Indian journal of veterinary science and animal husbandry - Volume 7,
Year: 1937
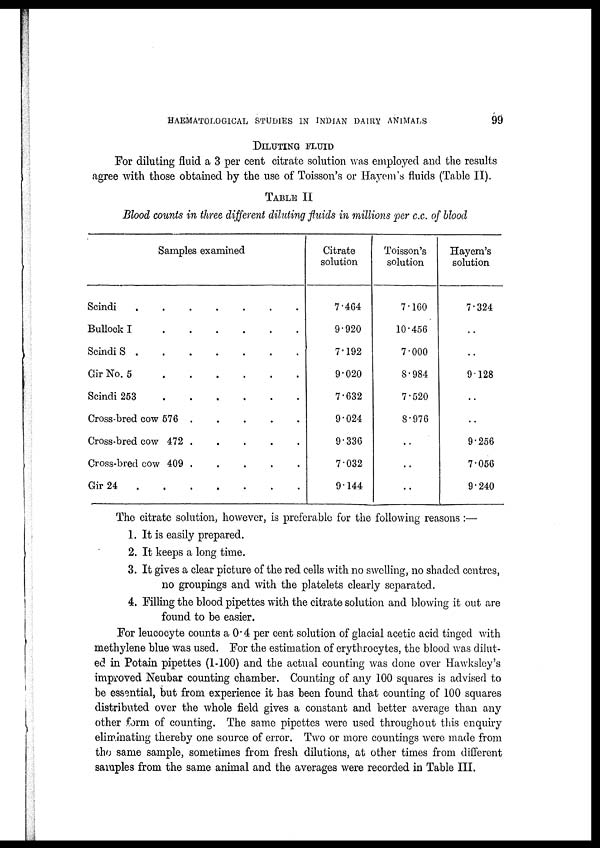
HAEMATOLOGICAL STUDIES IN INDIAN DAIRY ANIMALS
99
DILUTING FLUID
For diluting fluid a 3 per cent citrate solution was employed and the results
agree with those obtained by the use of Toisson's or Hayem's fluids (Table II).
TABLE II
Blood counts in three different diluting fluids in millions per c.c. of blood
Samples examined
Scindi . . . . . . .
Bullock I . . . . . . .
Scindi S . . . . . . .
Gir No. 5 . . . . . . .
Scindi 253 . . . . . . .
Cross-bred cow 576 . . . . .
Cross-bred cow 472 . . . . .
Cross-bred cow 409 . . . . .
Gir 24 . . . . . . .
Citrate
solution
7.464
9.920
7.192
9.020
7.632
9.024
9.336
7.032
9.144
Toisson's
solution
7.160
10.456
7.000
8.984
7.520
8.976
. .
. .
. .
Hayem's
solution
7.324
. .
. .
9.128
. .
. .
9.256
7.056
9.240
The citrate solution, however, is preferable for the following reasons :—
1. It is easily prepared.
2. It keeps a long time.
3. It gives a clear picture of the red cells with no swelling, no shaded centres,
no groupings and with the platelets clearly separated.
4. Filling the blood pipettes with the citrate solution and blowing it out are
found to be easier.
For leucocyte counts a 0.4 per cent solution of glacial acetic acid tinged with
methylene blue was used. For the estimation of erythrocytes, the blood was dilut-
ed in Potain pipettes (1-100) and the actual counting was done over Hawksley's
improved Neubar counting chamber. Counting of any 100 squares is advised to
be essential, but from experience it has been found that counting of 100 squares
distributed over the whole field gives a constant and better average than any
other form of counting. The same pipettes were used throughout this enquiry
eliminating thereby one source of error. Two or more countings were made from
the same sample, sometimes from fresh dilutions, at other times from different
samples from the same animal and the averages were recorded in Table III.